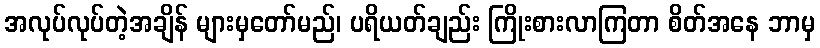
အလုပ်လုပ်တဲ့အချိန် များမှတော်မည်၊ ပရိယတ်ချည်း ကြိုးစားလာကြတာ စိတ်အနေ ဘာမှ